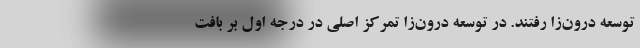
توسعه درون‌زا رفتند. در توسعه درون‌زا تمرکز اصلی در درجه اول بر بافت